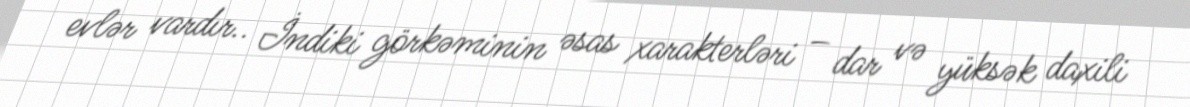
evlər vardır.. İndiki görkəminin əsas xarakterləri – dar və yüksək daxili